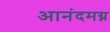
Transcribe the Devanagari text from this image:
आनंदमग्न